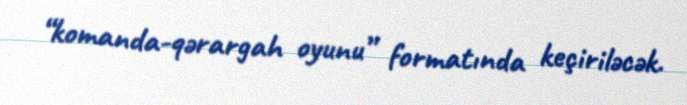
“komanda-qərargah oyunu” formatında keçiriləcək.